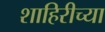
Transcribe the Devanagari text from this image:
शाहिरीच्या